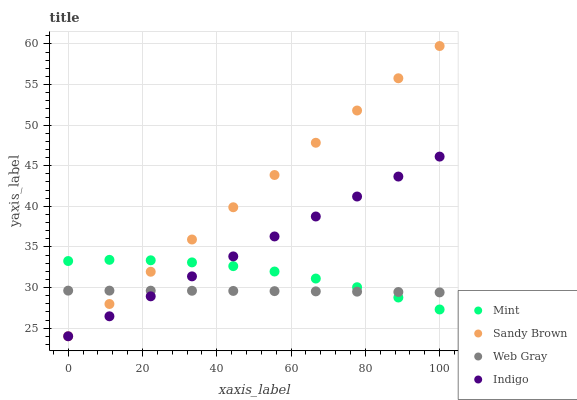
| xaxis_label | Mint | Sandy Brown | Web Gray | Indigo |
 | --- | --- | --- | --- | --- |
 | 0 | 33.3 | 24 | 29.6 | 24 |
 | 11.1 | 33.4 | 28 | 29.6 | 26.5 |
 | 22.2 | 33.4 | 31.9 | 29.6 | 28.9 |
 | 33.3 | 33.1 | 35.9 | 29.6 | 31.4 |
 | 44.4 | 32.6 | 39.9 | 29.6 | 33.8 |
 | 55.6 | 32 | 43.9 | 29.6 | 36.3 |
 | 66.7 | 31.1 | 47.8 | 29.5 | 38.8 |
 | 77.8 | 30 | 51.8 | 29.5 | 41.2 |
 | 88.9 | 28.8 | 55.8 | 29.4 | 43.7 |
 | 100 | 27.3 | 59.7 | 29.4 | 46.1 |